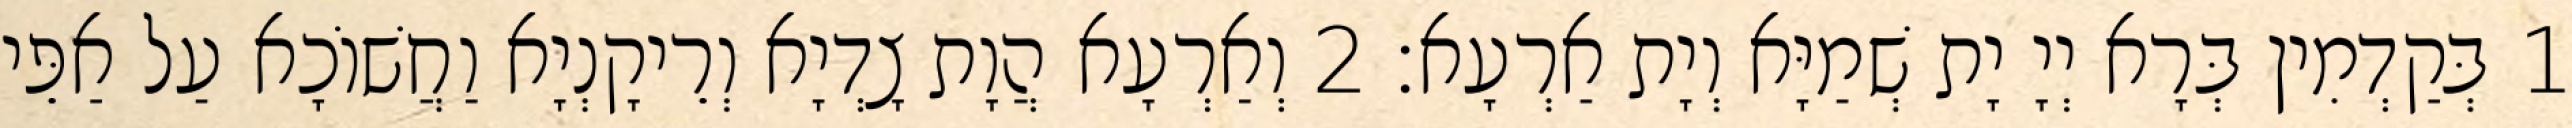
1 בְּקַדְמִין בְּרָא יְיָ יָת שְׁמַיָּא וְיָת אַרְעָא׃ 2 וְאַרְעָא הֲוָת צָדְיָא וְרֵיקָנְיָא וַחֲשׁוֹכָא עַל אַפֵּי